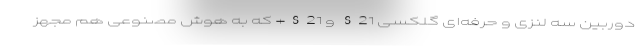
دوربین سه لنزی و حرفه‌ای گلکسی S21 و S21+ که به هوش مصنوعی هم مجهز